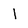
Character: 1